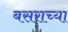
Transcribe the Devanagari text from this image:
बसराच्या